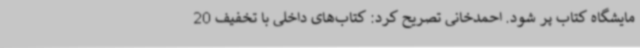
مایشگاه کتاب پر شود. احمدخانی تصریح کرد: کتاب‌های داخلی با تخفیف 20